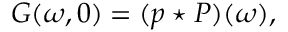
G ( \omega , 0 ) = ( { p } \star P ) ( \omega ) ,